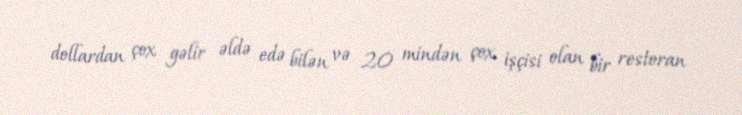
dollardan çox gəlir əldə edə bilən və 20 mindən çox işçisi olan bir restoran